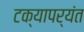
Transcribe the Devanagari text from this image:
टक्यापर्यंत